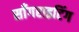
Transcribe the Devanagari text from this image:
साँगराइटिंग